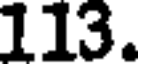
113.